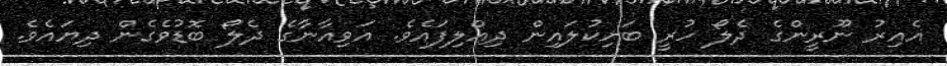
އެއިރު ނޫރީންގެ ދެލޯ ހުރީ ބަށިކުލައިން ދިއްލިފައެެވެ. އަވިއާނާގެ ދެލޯ ބޮޑުވެގެން ދިޔައެވެ.